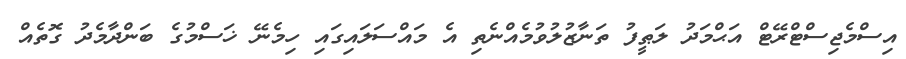
އިސްމެޖިސްޓްރޭޓް އަޙްމަދު ލަޠީފު ތަނާޒުލުވުމެއްނެތި އެ މައްސަލައިގައި ހިމެނޭ ޚަސްމުގެ ބަންދާމެދު ގޮތެއް